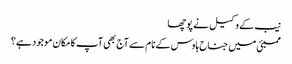
نیب کے وکیل نے پوچھا
ممبئی میں جناح ہاوس کے نام سے آج بھی آپ کا مکان موجود ہے؟